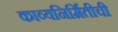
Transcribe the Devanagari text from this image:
काव्यनिर्मितीची